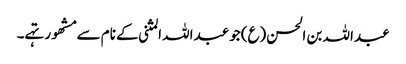
عبداللہ بن الحسن(ع)جو عبداللہ المثنی کے نام سے مشھور تہے۔